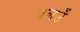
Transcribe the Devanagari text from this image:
चलउँ